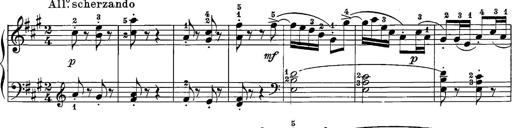
Title: 12 Sonatine per Pianoforte
Composer: Friedrich Kuhlau